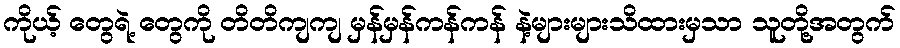
ကိုယ့် တွေရဲ့ တွေကို တိတိကျကျ မှန်မှန်ကန်ကန် နဲ့များများသိထားမှသာ သူတို့အတွက်